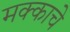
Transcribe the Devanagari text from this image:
मक्काचे